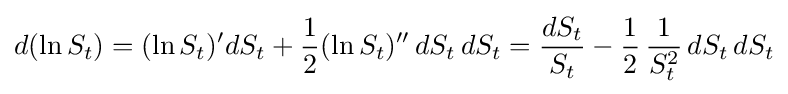
d(\ln S_{t})=(\ln S_{t})'dS_{t}+{\frac {1}{2}}(\ln S_{t})''\,dS_{t}\,dS_{t}={\frac {dS_{t}}{S_{t}}}-{\frac {1}{2}}\,{\frac {1}{S_{t}^{2}}}\,dS_{t}\,dS_{t}